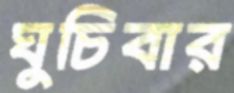
ঘুচিবার